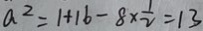
a ^ { 2 } = 1 + 1 6 - 8 \times \frac { 1 } { 2 } = 1 3